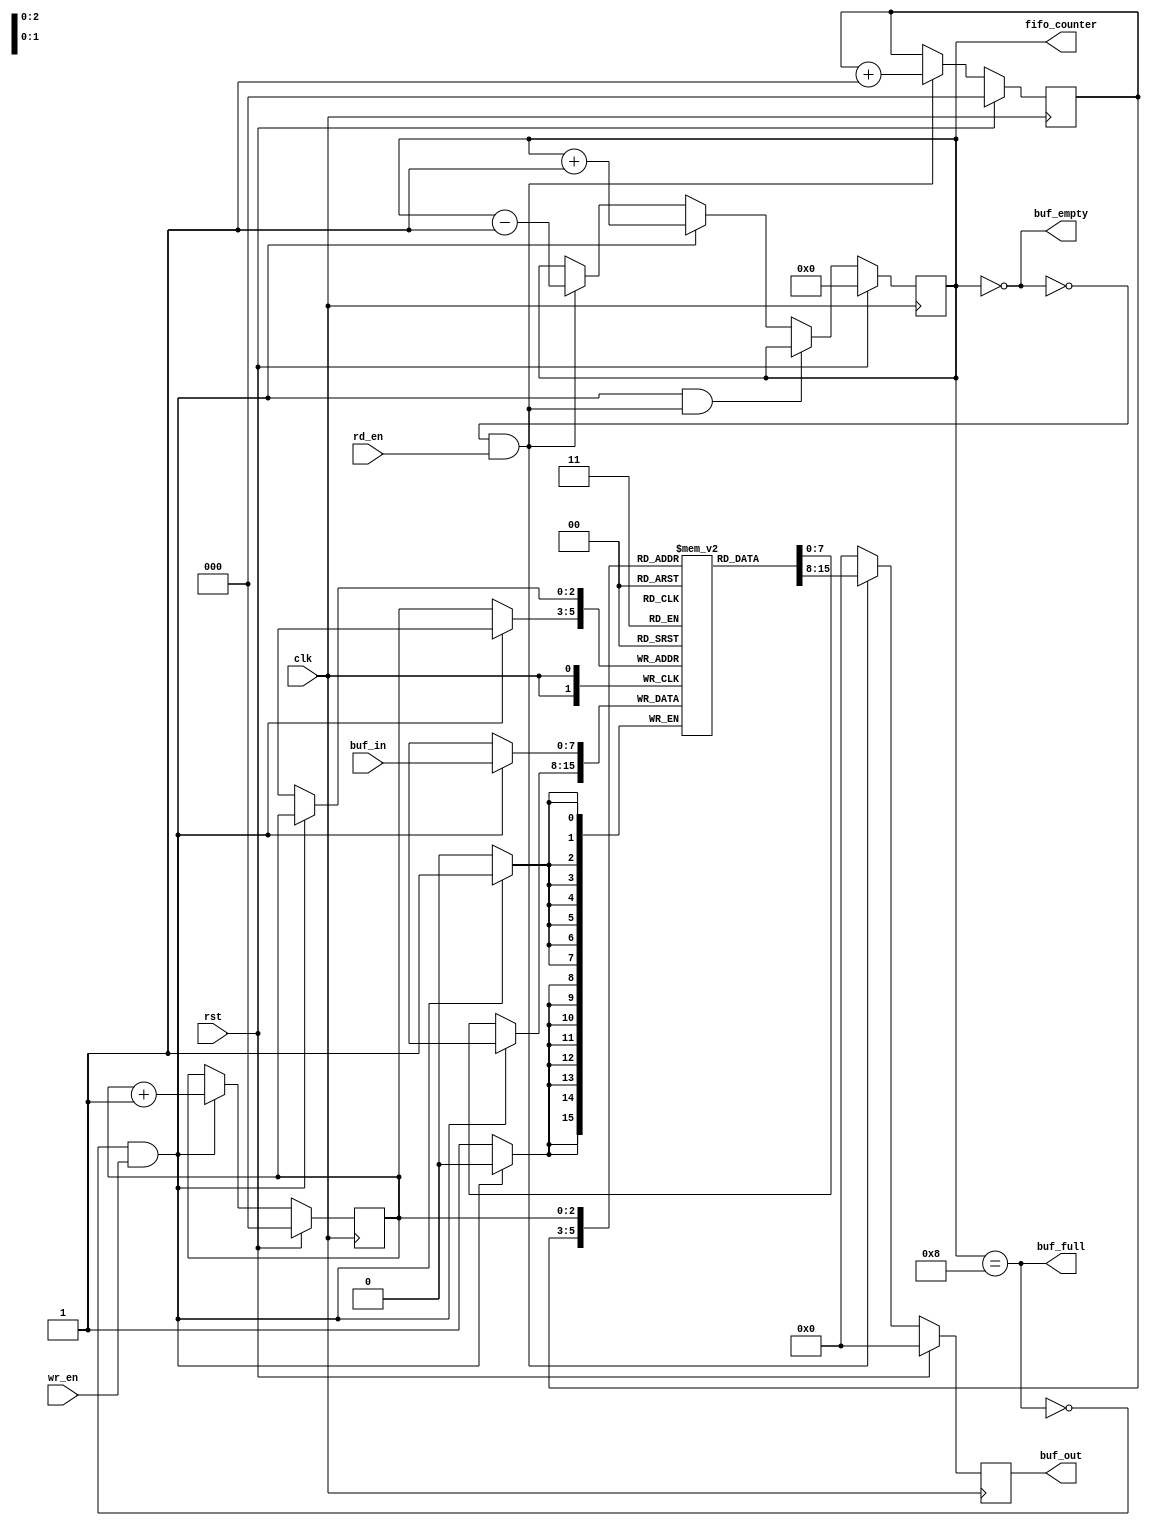
//`define C_WIDTH 3    // BUF_SIZE = 16 -> BUF_WIDTH = 4, no. of bits to be used in pointer
//`define BUF_SIZE ( 1<<`BUF_WIDTH )
// CHANGE LOG:
// MARCH 24 2015 --> change the behaviour of the read so that when the read_en signal is deasserted,
//                    the data output shows a value of zero

module fifo_dc #( // fifo for data controller that outputs zero when !read_en
    parameter integer C_WIDTH = 8,
    parameter integer C_LOG_FIFO_DEPTH = 3
  )

( clk, 
  rst, 
  buf_in, 
  buf_out, 
  wr_en, 
  rd_en, 
  buf_empty, 
  buf_full, 
  fifo_counter 
  );

  localparam integer C_DEPTH = 1 << C_LOG_FIFO_DEPTH;

input                 rst, clk, wr_en, rd_en;   
// reset, system clock, write enable and read enable.
input [C_WIDTH-1:0]           buf_in;                   
// data input to be pushed to buffer
output[C_WIDTH-1:0]           buf_out;                  
// port to output the data using pop.
output                buf_empty, buf_full;      
// buffer empty and full indication 
output[C_LOG_FIFO_DEPTH :0] fifo_counter;             
// number of data pushed in to buffer   

reg[C_WIDTH-1:0]              buf_out;
reg                   buf_empty, buf_full;
reg[C_LOG_FIFO_DEPTH :0]    fifo_counter;
reg[C_LOG_FIFO_DEPTH -1:0]  rd_ptr, wr_ptr;           // pointer to read and write addresses  
reg[C_WIDTH-1:0]              buf_mem[C_DEPTH -1 : 0]; //  

always @(fifo_counter)
begin
   buf_empty = (fifo_counter==0);
   buf_full = (fifo_counter== C_DEPTH);

end

always @(posedge clk)
begin
   if( rst )
       fifo_counter <= 0;

   else if( (!buf_full && wr_en) && ( !buf_empty && rd_en ) )
       fifo_counter <= fifo_counter;

   else if( !buf_full && wr_en )
       fifo_counter <= fifo_counter + 1;

   else if( !buf_empty && rd_en )
       fifo_counter <= fifo_counter - 1;
   else
      fifo_counter <= fifo_counter;
end

always @( posedge clk)
begin
   if( rst )
      buf_out <= 0;
   else
   begin
      if( rd_en && !buf_empty )
         buf_out <= buf_mem[rd_ptr];

      else
         buf_out <= 0;//buf_out;

   end
end

always @(posedge clk)
begin

   if( wr_en && !buf_full )
      buf_mem[ wr_ptr ] <= buf_in;

   else
      buf_mem[ wr_ptr ] <= buf_mem[ wr_ptr ];
end

always@(posedge clk)
begin
   if( rst )
   begin
      wr_ptr <= 0;
      rd_ptr <= 0;
   end
   else
   begin
      if( !buf_full && wr_en )    wr_ptr <= wr_ptr + 1;
          else  wr_ptr <= wr_ptr;

      if( !buf_empty && rd_en )   rd_ptr <= rd_ptr + 1;
      else rd_ptr <= rd_ptr;
   end

end
endmodule